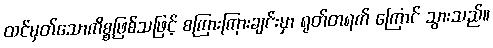
ထင်မှတ်သောကိစ္စဖြစ်သဖြင့် စကြားကြားချင်းမှာ ရုတ်တရက် ကြောင် သွားသည်။